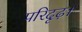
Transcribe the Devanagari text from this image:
परिदृढ़।